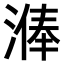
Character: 𣻈